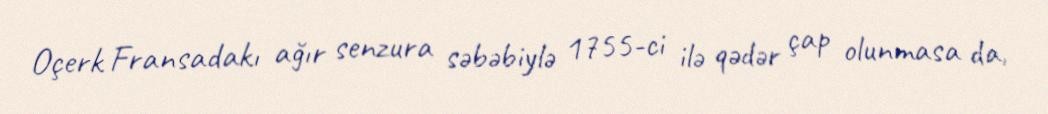
Oçerk Fransadakı ağır senzura səbəbiylə 1755-ci ilə qədər çap olunmasa da,